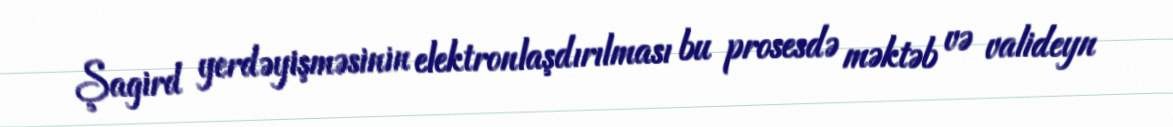
Şagird yerdəyişməsinin elektronlaşdırılması bu prosesdə məktəb və valideyn